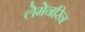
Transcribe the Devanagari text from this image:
लेमेनरिन